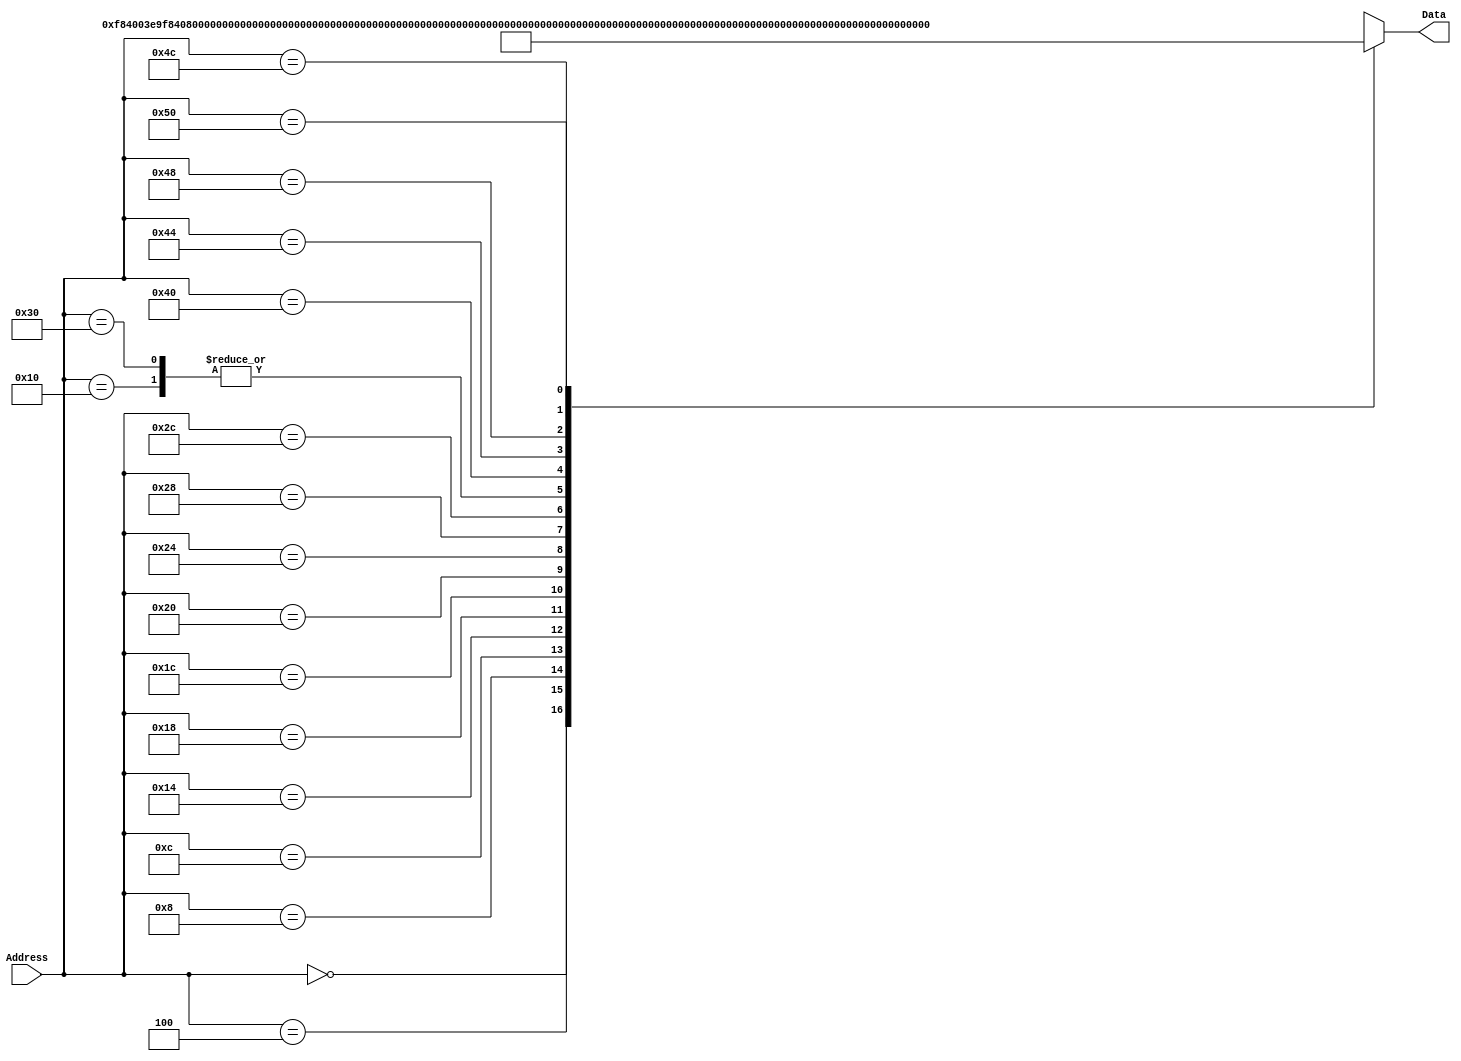
`timescale 1ns / 1ps
/*
 * Module: InstructionMemory
 *
 * Implements read-only instruction memory
 * 
 */
module InstructionMemory(Data, Address);
   parameter T_rd = 20;
   parameter MemSize = 40;
   
   output [31:0] Data;
   input [63:0]  Address;
   reg [31:0] 	 Data;
   
   /*
    * ECEN 350 Processor Test Functions
    * Texas A&M University
    */
   
   always @ (Address) begin
      #4;
      case(Address)

	/* Test Program 1:
	 * Program loads constants from the data memory. Uses these constants to test
	 * the following instructions: LDUR, ORR, AND, CBZ, ADD, SUB, STUR and B.
	 * 
	 * Assembly code for test:
	 * 
	 * 0: LDUR X9, [XZR, 0x0]    //Load 1 into x9
	 * 4: LDUR X10, [XZR, 0x8]   //Load a into x10
	 * 8: LDUR X11, [XZR, 0x10]  //Load 5 into x11
	 * C: LDUR X12, [XZR, 0x18]  //Load big constant into x12
	 * 10: LDUR X13, [XZR, 0x20]  //load a 0 into X13
	 * 
	 * 14: ORR X10, X10, X11  //Create mask of 0xf
	 * 18: AND X12, X12, X10  //Mask off low order bits of big constant
	 * 
	 * loop:
	 * 1C: CBZ X12, end  //while X12 is not 0
	 * 20: ADD X13, X13, X9  //Increment counter in X13
	 * 24: SUB X12, X12, X9  //Decrement remainder of big constant in X12
	 * 28: B loop  //Repeat till X12 is 0
	 * 2C: STUR X13, [XZR, 0x20]  //store back the counter value into the memory location 0x20
	 */
	

	63'h000: Data = 32'hF84003E9;
	63'h004: Data = 32'hF84083EA;
	63'h008: Data = 32'hF84103EB;
	63'h00c: Data = 32'hF84183EC;
	63'h010: Data = 32'hF84203ED;
	63'h014: Data = 32'hAA0B014A;
	63'h018: Data = 32'h8A0A018C;
	63'h01c: Data = 32'hB400008C;
	63'h020: Data = 32'h8B0901AD;
	63'h024: Data = 32'hCB09018C;
	63'h028: Data = 32'h17FFFFFD;
	63'h02c: Data = 32'hF80203ED;
	63'h030: Data = 32'hF84203ED;  //One last load to place stored value on memdbus for test checking.

	/* Add code for your tests here */
	
	/*
	ADD X1, X31, #1
	ADD X2, X31, #10
	ADD X3,X1,X2
	STUR X4, [XZR, 0x34]
	LDUR X9, [XZR, 0x34]
	*/
	
	63'h040: Data = 32'h910007E1;
	63'h044: Data = 32'h91002BE2;
	63'h048: Data = 32'h8B020023;
	63'h04c: Data = 32'hF80403E3;
	63'h050: Data = 32'hF84403E9;

	default: Data = 32'hXXXXXXXX;
      endcase
   end
   
   	always @(Address)
    begin
            // Could be useful for debugging:
            //$display("Writing Address:%h Data:%h",Address, Data);
    end
   
endmodule